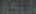
الشركة